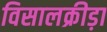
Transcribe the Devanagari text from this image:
विसालक्रीड़ा